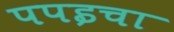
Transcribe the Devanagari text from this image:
पपइचा